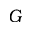
G